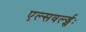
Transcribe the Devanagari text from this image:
एल्सवर्ल्ड्सः